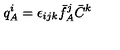
q _ { A } ^ { i } = \epsilon _ { i j k } \bar { f } _ { A } ^ { j } \bar { C } ^ { k }